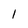
Character: 1